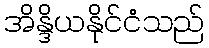
အိန္ဒိယနိုင်ငံသည်